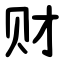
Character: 财